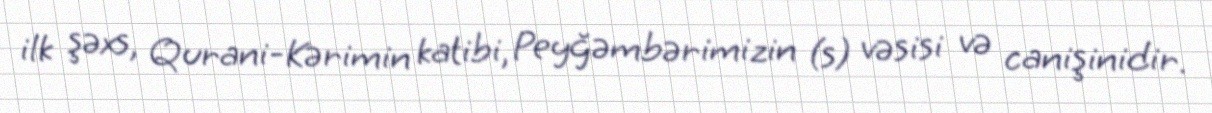
ilk şəxs, Qurani-Kərimin katibi, Peyğəmbərimizin (s) vəsisi və canişinidir.